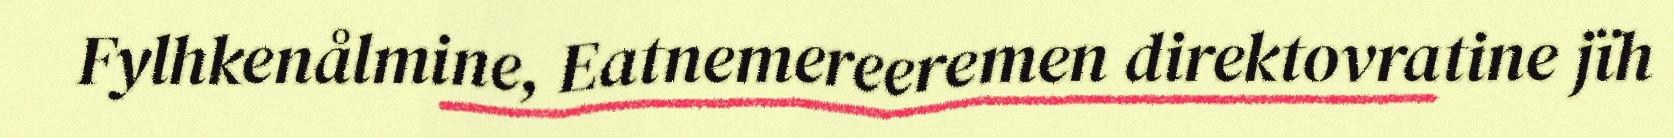
Fylhkenålmine, Eatnemereeremen direktovratine jïh